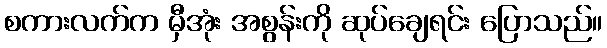
စကားလက်က မှီအုံး အစွန်းကို ဆုပ်ချေရင်း ပြောသည်။